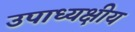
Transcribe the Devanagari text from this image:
उपाध्यक्षीय